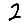
Digit: 2